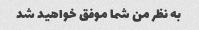
به نظر من شما موفق خواهید شد